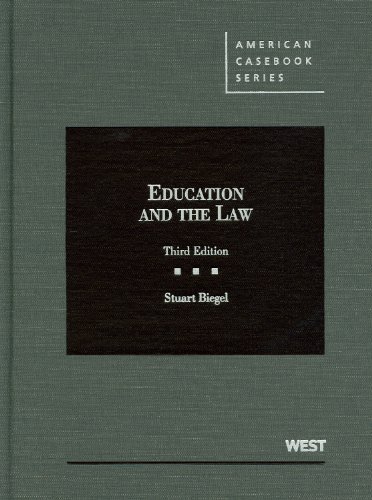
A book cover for Education and the Law (American Casebook Series); Stuart Biegel; Law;